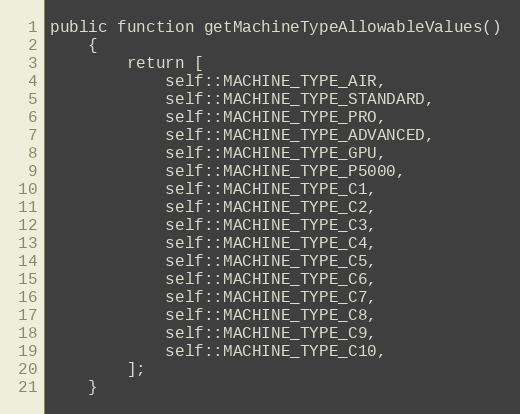
Language: PHP
public function getMachineTypeAllowableValues()
    {
        return [
            self::MACHINE_TYPE_AIR,
            self::MACHINE_TYPE_STANDARD,
            self::MACHINE_TYPE_PRO,
            self::MACHINE_TYPE_ADVANCED,
            self::MACHINE_TYPE_GPU,
            self::MACHINE_TYPE_P5000,
            self::MACHINE_TYPE_C1,
            self::MACHINE_TYPE_C2,
            self::MACHINE_TYPE_C3,
            self::MACHINE_TYPE_C4,
            self::MACHINE_TYPE_C5,
            self::MACHINE_TYPE_C6,
            self::MACHINE_TYPE_C7,
            self::MACHINE_TYPE_C8,
            self::MACHINE_TYPE_C9,
            self::MACHINE_TYPE_C10,
        ];
    }